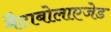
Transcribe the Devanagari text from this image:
मैटाबोलाएजेड